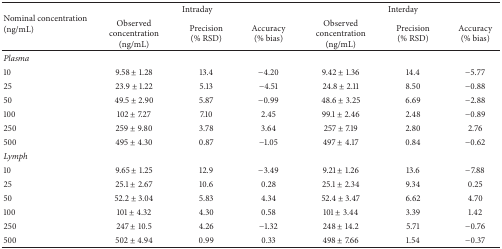
<table><thead><tr><td rowspan="2"><b>Nominal concentration (ng/mL)</b></td><td colspan="3"><b>Intraday</b></td><td colspan="3"><b>Interday</b></td></tr><tr><td><b>Observed concentration(ng/mL)</b></td><td><b>Precision (% RSD)</b></td><td><b>Accuracy(% bias)</b></td><td><b>Observed concentration(ng/mL)</b></td><td><b>Precision(% RSD)</b></td><td><b>Accuracy(% bias)</b></td></tr></thead><tbody><tr><td><i>Plasma</i></td><td> </td><td> </td><td> </td><td> </td><td> </td><td> </td></tr><tr><td>10</td><td>9.58 ± 1.28</td><td>13.4</td><td>−4.20</td><td>9.42 ± 1.36</td><td>14.4</td><td>−5.77</td></tr><tr><td>25</td><td>23.9 ± 1.22</td><td>5.13</td><td>−4.51</td><td>24.8 ± 2.11</td><td>8.50</td><td>−0.88</td></tr><tr><td>50</td><td>49.5 ± 2.90</td><td>5.87</td><td>−0.99</td><td>48.6 ± 3.25</td><td>6.69</td><td>−2.88</td></tr><tr><td>100</td><td>102 ± 7.27</td><td>7.10</td><td>2.45</td><td>99.1 ± 2.46</td><td>2.48</td><td>−0.89</td></tr><tr><td>250</td><td>259 ± 9.80</td><td>3.78</td><td>3.64</td><td>257 ± 7.19</td><td>2.80</td><td>2.76</td></tr><tr><td>500</td><td>495 ± 4.30</td><td>0.87</td><td>−1.05</td><td>497 ± 4.17</td><td>0.84</td><td>−0.62</td></tr><tr><td><i>Lymph</i></td><td> </td><td> </td><td> </td><td> </td><td> </td><td> </td></tr><tr><td>10</td><td>9.65 ± 1.25</td><td>12.9</td><td>−3.49</td><td>9.21 ± 1.26</td><td>13.6</td><td>−7.88</td></tr><tr><td>25</td><td>25.1 ± 2.67</td><td>10.6</td><td>0.28</td><td>25.1 ± 2.34</td><td>9.34</td><td>0.25</td></tr><tr><td>50</td><td>52.2 ± 3.04</td><td>5.83</td><td>4.34</td><td>52.4 ± 3.47</td><td>6.62</td><td>4.70</td></tr><tr><td>100</td><td>101 ± 4.32</td><td>4.30</td><td>0.58</td><td>101 ± 3.44</td><td>3.39</td><td>1.42</td></tr><tr><td>250</td><td>247 ± 10.5</td><td>4.26</td><td>−1.32</td><td>248 ± 14.2</td><td>5.71</td><td>−0.76</td></tr><tr><td>500</td><td>502 ± 4.94</td><td>0.99</td><td>0.33</td><td>498 ± 7.66</td><td>1.54</td><td>−0.37</td></tr></tbody></table>